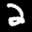
Label: 2